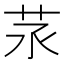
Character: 𦭕